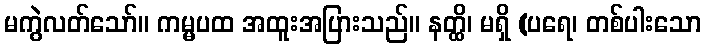
မကွဲလတ်သော်။ ကမ္မပထ အထူးအပြားသည်။ နတ္ထိ၊ မရှိ (ပရေ၊ တစ်ပါးသော